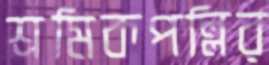
শ্রমিকপল্লির